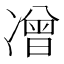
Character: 𭂡